Sketch of the medical history of the native army of Bombay, for the year
Year: 1876
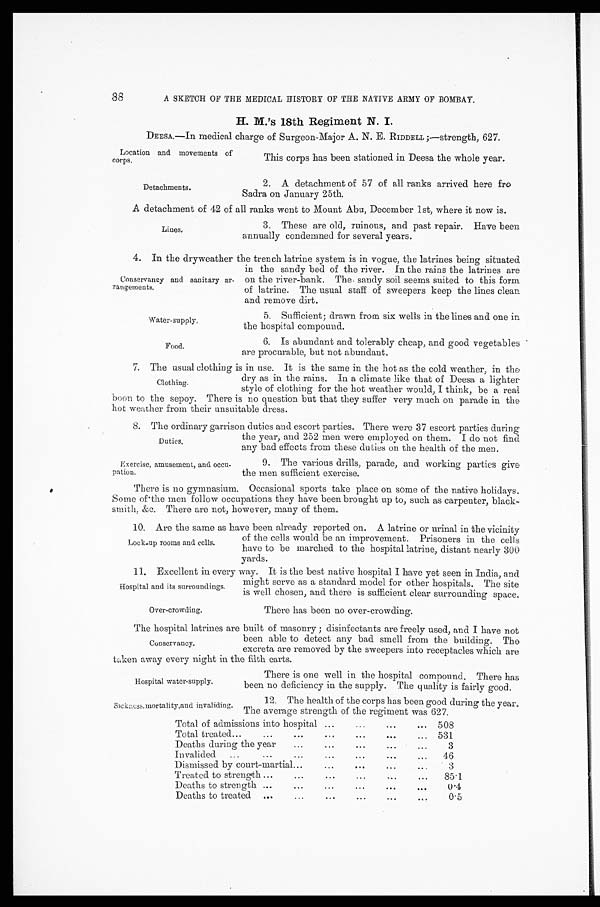
Location and movements of
corps.
Detachments.
Water-supply.
Food.
Hospital water-supply.
Sickness,mortality,and invaliding.
88
A SKETCH OF THE MEDICAL HISTORY OF THE NATIVE ARMY OF BOMBAY.
H. M.’s 18th Regiment N. I.
DEESA.—In medical charge of Surgeon-Major A. N. E. RIDDELL ;—strength, 627.
This corps has been stationed in Deesa the whole year.
2. A detachment of 57 of all ranks arrived here fro
Sadra on January 25th.
A detachment of 42 of all ranks went to Mount Abu, December 1st, where it now is.
3. These are old, ruinous, and past repair. Have been
annually condemned for several years.
4. In the dryweather the trench latrine system is in vogue, the latrines being situated
in the sandy bed of the river. In the rains the latrines are
on the river-bank. The sandy soil seems suited to this form
of latrine. The usual staff of sweepers keep the lines clean
and remove dirt.
Lines.
Conservancy and sanitary
ar-rangements.
5. Sufficient; drawn from six wells in the lines and one in
the hospital compound.
6. Is abundant and tolerably cheap, and good vegetables
are procurable, but not abundant.
7. The usual clothing is in use. It is the same in the hot as the cold weather, in the
dry as in the rains. In a climate like that of Deesa a lighter
style of clothing for the hot weather would, I think, be a real
boon to the sepoy. There is no question but that they suffer very much on parade in the
hot weather from their unsuitable dress.
8. The ordinary garrison duties and escort parties. There were 37 escort parties during
the year, and 252 men were employed on them. I do not find
any bad effects from these duties on the health of the men.
Clothing.
Duties.
Exercise, amusement, and occu--
pation.
9. The various drills, parade, and working parties give
the men sufficient exercise.
There is no gymnasium. Occasional sports take place on some of the native holidays.
Some of the men follow occupations they have been brought up to, such as carpenter, black--
smith, &c. There are not, however, many of them.
10. Are the same as have been already reported on. A latrine or urinal in the vicinity
of the cells would be an improvement. Prisoners in the cells
have to be marched to the hospital latrine, distant nearly 300
yards.
11. Excellent in every way. It is the best native hospital I have yet seen in India, and
might serve as a standard model for other hospitals. The site
is well chosen, and there is sufficient clear surrounding space.
Lock-up rooms and cells.
Hospital and its surroundings.
Over-crowding.
There has been no over-crowding.
The hospital latrines are built of masonry ; disinfectants are freely used, and I have not
been able to detect any bad smell from the building. The
excreta are removed by the sweepers into receptacles which are
taken away every night in the filth carts.
Conservancy.
There is one well in the hospital compound. There has
been no deficiency in the supply. The quality is fairly good.
12. The health of the corps has been good during the year.
The average strength of the regiment was 627.
Total of admissions into hospital ... ... ...
...
508
Total treated ...
...
...
... ... ...
...
531
Deaths during the year
...
...
...
...
...
3
3
Invalided
...
...
...
... ... ...
46
Dismissed by court-martial ...
...
... ... ...
3
Treated to strength ...
...
...
... ... ...
85.1
Deaths to strength ...
... ... ... ...
0.4
Deaths to treated ...
...
...
...
... ...
0.5